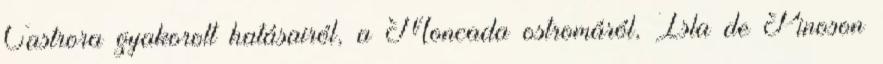
Castrora gyakorolt hatásairól, a Moncada ostromáról, Isla de Pinoson